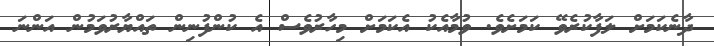
ދާނެކަމަށް ލަފާކުރެވޭ ކަމަށެވެ. ވުމާއެކު އެކަމަށް މިހާރުވެސް އެ ކުންފުނިން ތައްޔާރުވަމުން އަންނަ